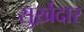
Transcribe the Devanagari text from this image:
सुर्ख़दार